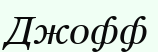
Джофф